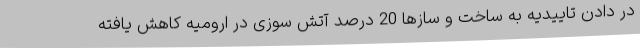
در دادن تاییدیه به ساخت و سازها 20 درصد آتش سوزی در ارومیه کاهش یافته